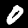
Label: 0